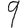
Digit: 9